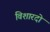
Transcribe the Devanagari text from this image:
विशारदो